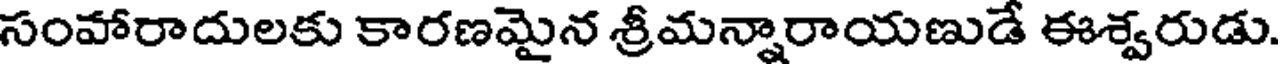
సంహారాదులకు కారణమైన శ్రీమన్నారాయణుడే ఈశ్వరుడు.